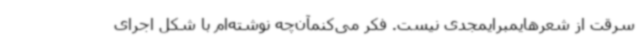
سرقت از شعرهایمبرایمجدی نیست. فکر می‌کنمآن‌چه نوشته‌ام با شکل اجرای